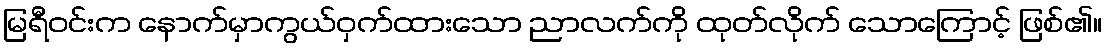
မြရီဝင်းက နောက်မှာကွယ်ဝှက်ထားသော ညာလက်ကို ထုတ်လိုက် သောကြောင့် ဖြစ်၏။